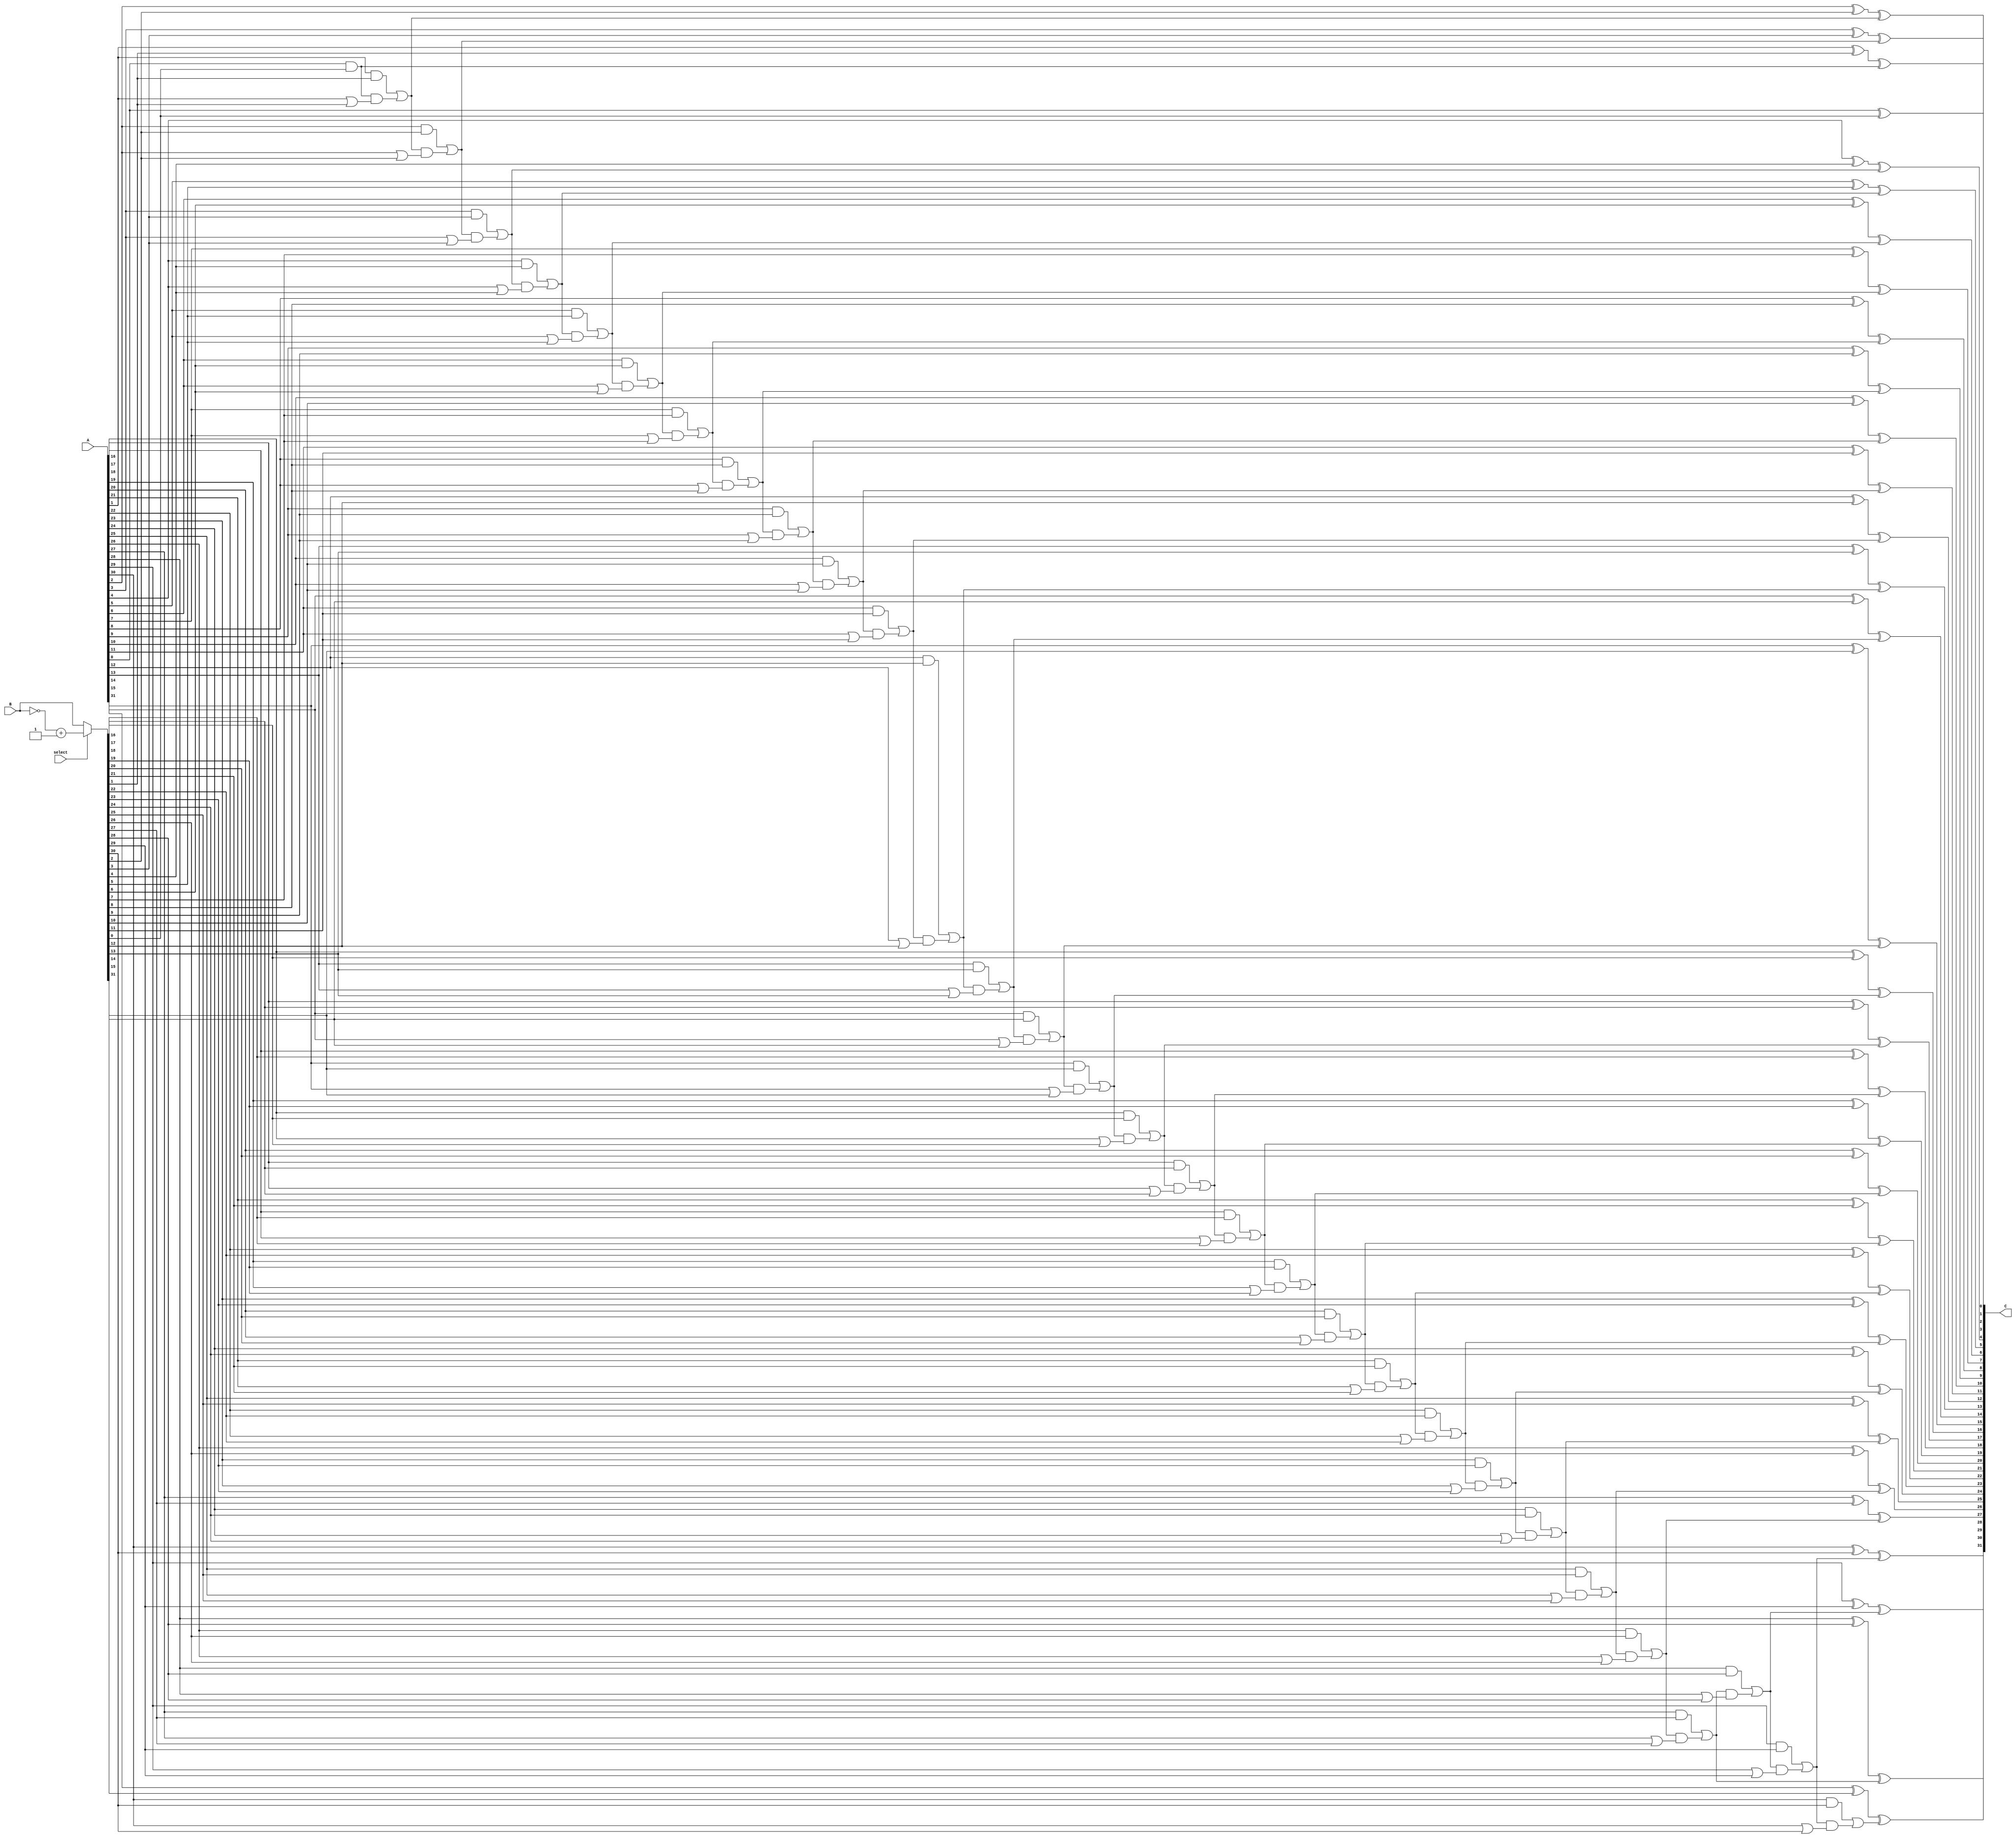
`timescale 1ns/10ps
module adder(A, B, C, select);
input [31:0] A, B;
input wire select; //select add or subtract
output reg [31:0] C;
reg [32:0] localCarry;
reg [31:0] temp;
integer i;
always@(A or B or select)
	begin
	if (select == 1) begin
		temp = ~B + 1'b1; //subtraction
	end else begin
		temp = B;
	end
	
		localCarry = 33'd0;
		for(i=0; i<32; i = i +1)
		begin //addition?
			C[i] = A[i]^temp[i]^localCarry[i]; 
			localCarry[i+1] = (A[i]&temp[i])|(localCarry[i]&(A[i]|temp[i]));
		end
	end
endmodule